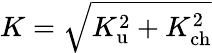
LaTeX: \begin{array}{r}{K=\sqrt{K_{\mathrm{u}}^{2}+K_{\mathrm{ch}}^{2}}}\end{array}